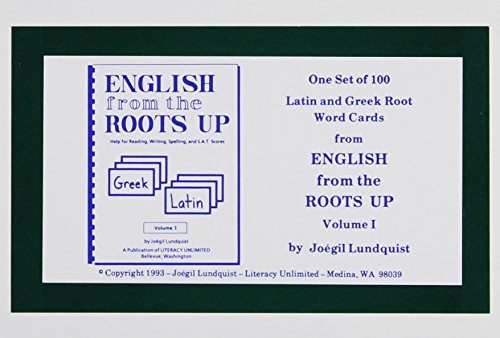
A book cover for English from the Roots Up Flashcards, Vol. 1; Joegil K. Lundquist; Reference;